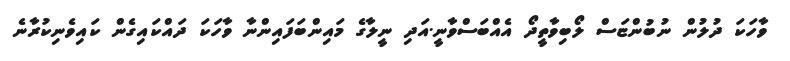
ވާހަކަ ދުލުން ނުބުންޏަސް ލޯބިވާތީދޯ އެއްބަސްވާނީ.އަދި ނީލާގެ މައިންބަފައިންނާ ވާހަކަ ދައްކައިގެން ކައިވެނިކުރާނެ